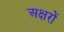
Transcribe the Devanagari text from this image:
अक्षरोें